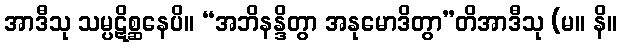
အာဒီသု သမ္ပဋိစ္ဆနေပိ။ “အဘိနန္ဒိတွာ အနုမောဒိတွာ”တိအာဒီသု (မ။ နိ။